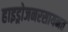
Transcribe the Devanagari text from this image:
हाइड्रोजनरसायनत